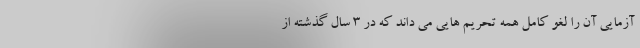
آزمایی آن را لغو کامل همه تحریم هایی می داند که در 3 سال گذشته از